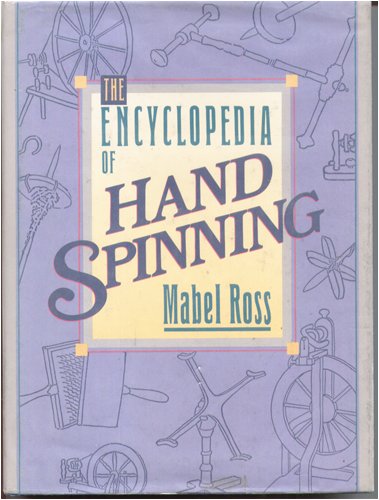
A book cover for The Encyclopedia of Handspinning; Mabel Ross; Crafts, Hobbies & Home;